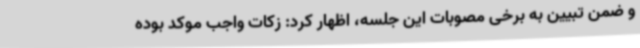
و ضمن تبیین به برخی مصوبات این جلسه، اظهار کرد: زکات واجب موکد بوده